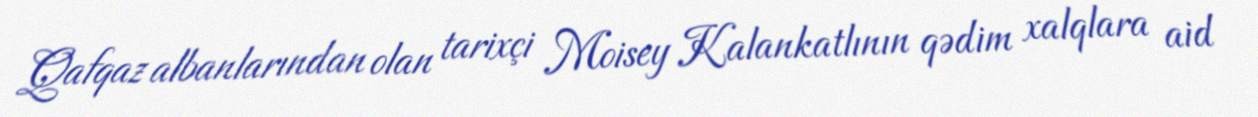
Qafqaz albanlarından olan tarixçi Moisey Kalankatlının qədim xalqlara aid